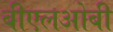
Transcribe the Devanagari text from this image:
बीएलओबी